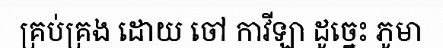
គ្រប់គ្រង ដោយ ចៅ កាវីឡា ដូច្នេះ ភូមា